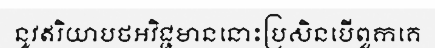
នូវឥរិយាបថអវិជ្ជមាននោះប្រសិនបើពួកគេ